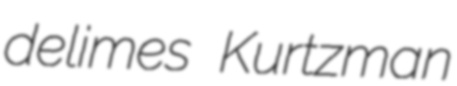
delimes Kurtzman